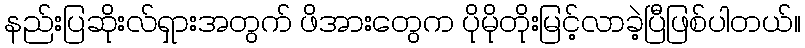
နည်းပြဆိုးလ်ရှားအတွက် ဖိအားတွေက ပိုမိုတိုးမြင့်လာခဲ့ပြီဖြစ်ပါတယ်။